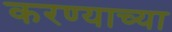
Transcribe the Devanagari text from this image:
करण्‍याच्‍या